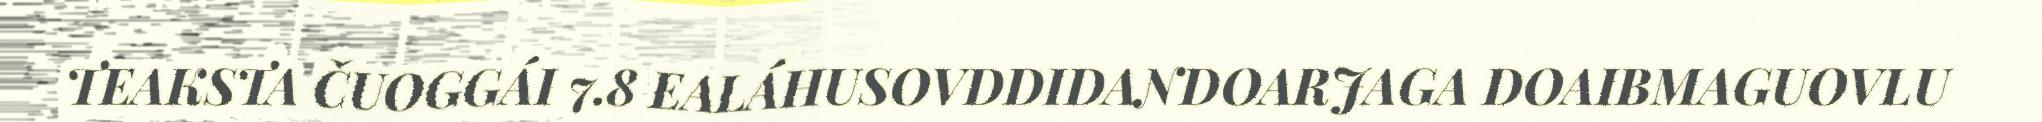
TEAKSTA ČUOGGÁI 7.8 EALÁHUSOVDDIDANDOARJAGA DOAIBMAGUOVLU